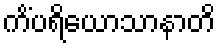
ကိံပရိယောသာနာတိ